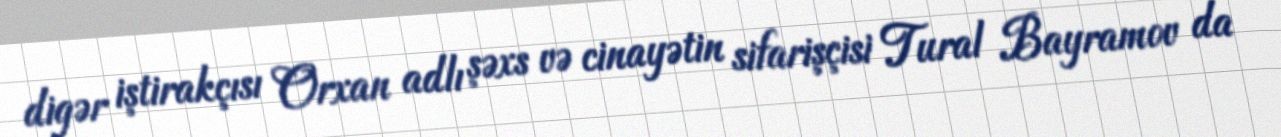
digər iştirakçısı Orxan adlı şəxs və cinayətin sifarişçisi Tural Bayramov da